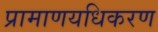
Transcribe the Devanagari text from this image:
प्रामाणयधिकरण